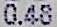
0.48